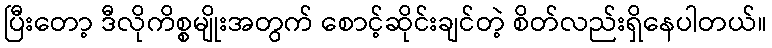
ပြီးတော့ ဒီလိုကိစ္စမျိုးအတွက် စောင့်ဆိုင်းချင်တဲ့ စိတ်လည်းရှိနေပါတယ်။